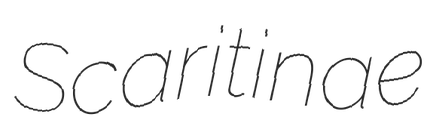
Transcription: Scaritinae